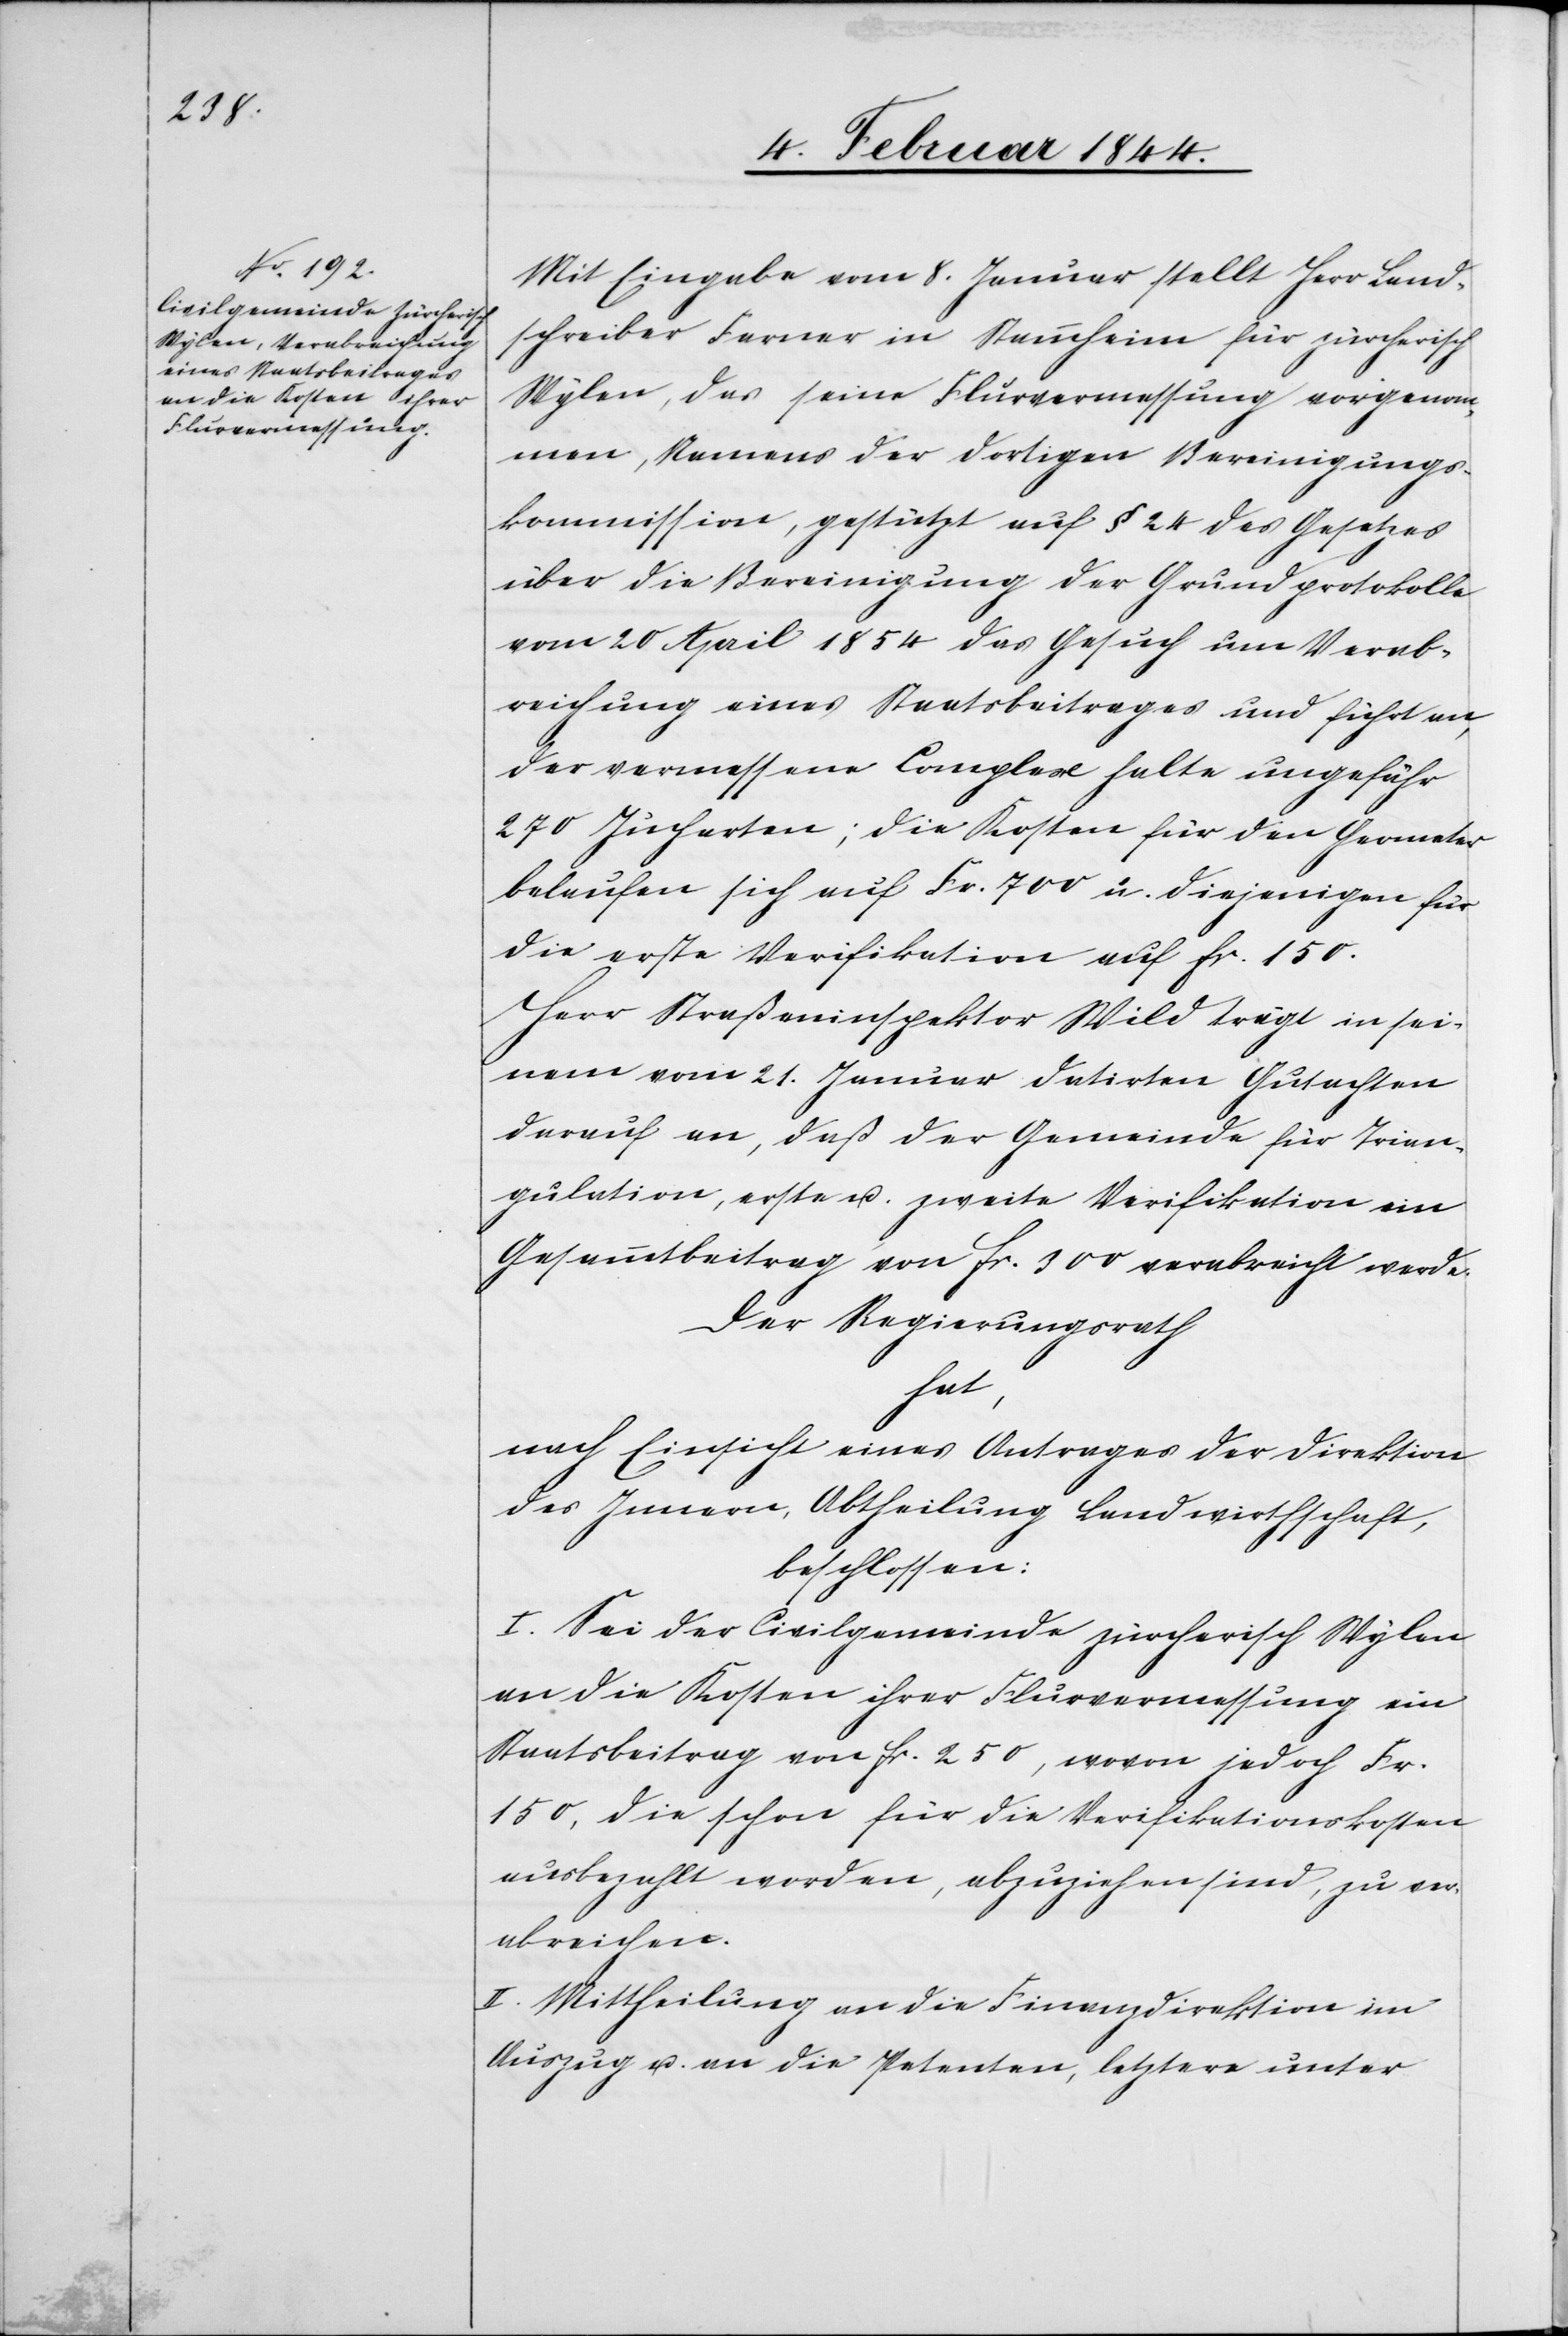
Mit Eingabe vom 8. Januar stellt Herr Land¬
schreiber Farner in Stammheim für zürcherisch
Wylen, das seine Flurvermessung vorgenom¬
men, Namens der dortigen Bereinigungs¬
kommission, gestützt auf § 24 des Gesetzes
über die Bereinigung der Grundprotokolle
vom 20 April 1854 das Gesuch um Verab¬
reichung eines Staatsbeitrages und führt an,
der vermessene Complex halte ungefähr
270 Jucharten; die Kosten für den Geometer
belaufen sich auf Fr. 700 u. diejenigen für
die erste Verifikation auf fr. 150.
Herr Straßeninspektor Wild trägt in sei¬
nem vom 21. Januar datirten Gutachten
darauf an, daß der Gemeinde für Trian¬
gulation, erste u. zweite Verifikation ein
Gesammtbeitrag von fr. 300 verabreicht werde.
Der Regierungsrath
hat,
nach Einsicht eines Antrages der Direktion
des Innern, Abtheilung Landwirthschaft,
beschlossen:
I. Sei der Civilgemeinde zürcherisch Wylen
an die Kosten ihrer Flurvermessung ein
Staatsbeitrag von fr. 250, wovon jedoch Fr.
150, die schon für die Verifikationskosten
ausbezahlt worden, abzuziehen sind, zu ver¬
abreichen.
II. Mittheilung an die Finanzdirektion im
Auszug u. an die Petenten, letztern unter